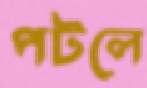
পটলে